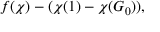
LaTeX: f ( \chi ) - ( \chi ( 1 ) - \chi ( G _ { 0 } ) ) ,